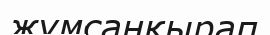
жұмсаңқырап